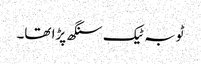
ٹوبہ ٹیک سنگھ پڑا تھا۔